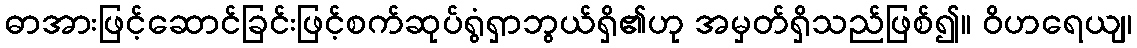
ဓာအားဖြင့်ဆောင်ခြင်းဖြင့်စက်ဆုပ်ရွံရှာဘွယ်ရှိ၏ဟု အမှတ်ရှိသည်ဖြစ်၍။ ဝိဟရေယျ၊